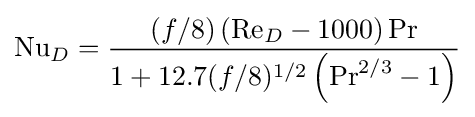
\mathrm {Nu} _{D}={\frac {\left(f/8\right)\left(\mathrm {Re} _{D}-1000\right)\mathrm {Pr} }{1+12.7(f/8)^{1/2}\left(\mathrm {Pr} ^{2/3}-1\right)}}